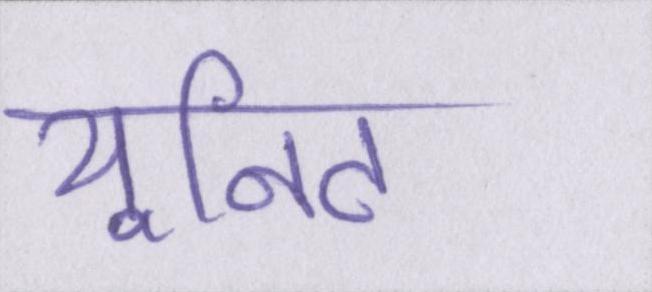
यूनिट